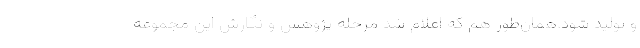
و تولید شود.همان‌طور هم که اعلام شد مرحله پژوهش و نگارش این مجموعه